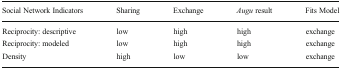
| Social Network Indicators | Sharing | Exchange | Augu result | Fits Model |
 | --- | --- | --- | --- | --- |
 | Reciprocity: descriptive | low | high | high | exchange |
 | Reciprocity: modeled | low | high | high | exchange |
 | Density | high | low | low | exchange |